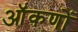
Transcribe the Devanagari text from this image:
ऑंकणों